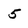
Character: 5